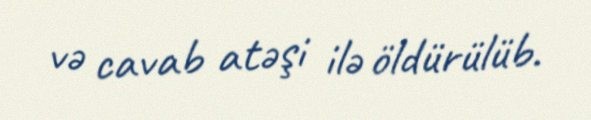
və cavab atəşi ilə öldürülüb.